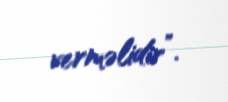
verməlidir”.